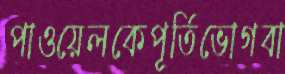
পাওয়েলকেপূর্তিভোগবা